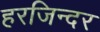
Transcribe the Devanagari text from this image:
हरजिन्दर